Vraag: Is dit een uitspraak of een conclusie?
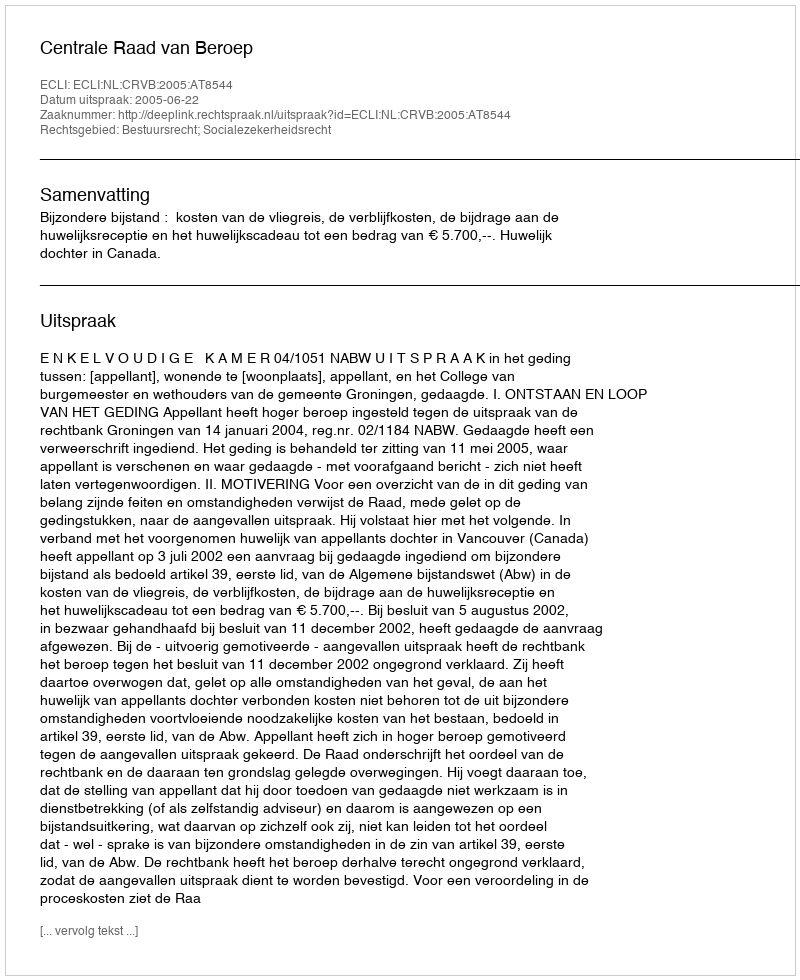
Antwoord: Uitspraak